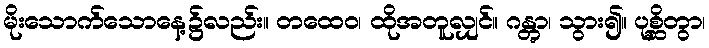
မိုးသောက်သောနေ့၌လည်း။ တထေဝ၊ ထိုအတူလျှင်။ ဂန္တွာ၊ သွား၍။ ပုစ္ဆိတွာ၊